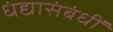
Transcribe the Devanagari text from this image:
धंद्यासंबंधीं